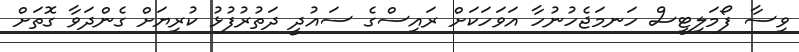
ވިސާ ފޯމަލިޓީސް ހަނމަޖެހުނުހާ އަވަހަކަށް ރައިސްގެ ސައުދީ ދަތުރުފުޅު ކުރިޔަށް ގެންދަވާ ގޮތަށް